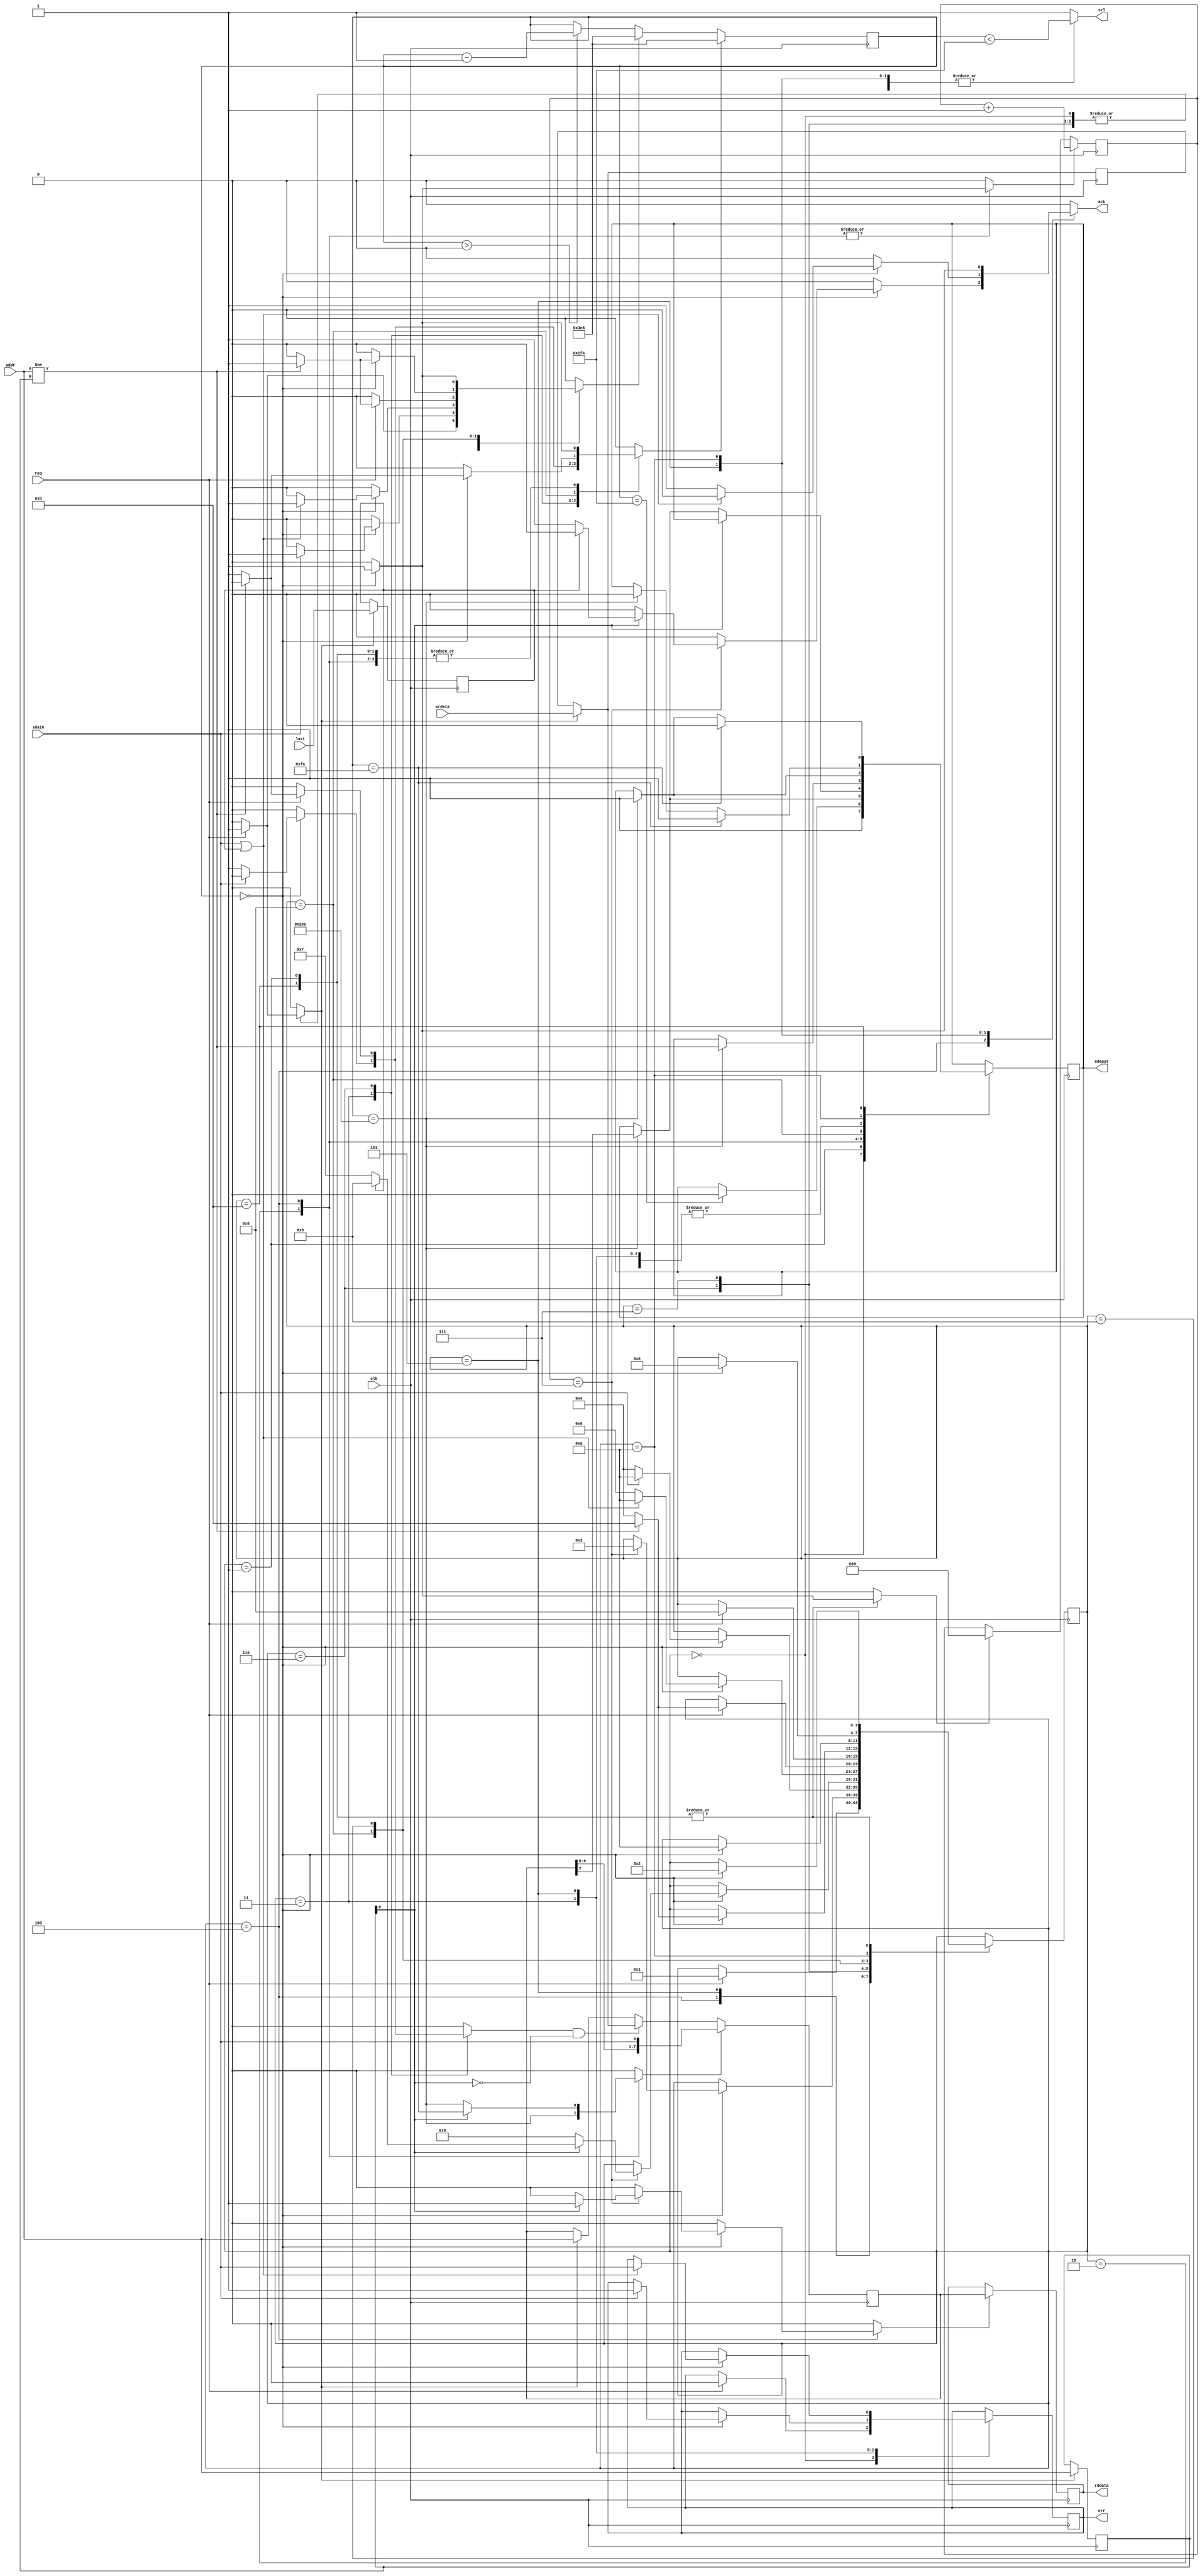
module i2c(
	input wire clk,
	output reg scl,
	input wire sdain,
	output reg sdaout,
	
	input wire [7:0] addr,
	input wire [7:0] wrdata,
	input wire req,
	input wire last,
	output reg [7:0] rddata,
	output reg ack,
	output reg err
);

	parameter QSTARTTIME = 250;
	parameter QUARTBIT = 250;

	reg [3:0] state, state_;
	localparam IDLE = 0;
	localparam START = 1;
	localparam ADDR = 2;
	localparam ADDRACK = 3;
	localparam DATA = 4;
	localparam WRDATAACK = 5;
	localparam WRWAITREQ = 6;
	localparam RDWAITREQ = 7;
	localparam RDDATAACK = 8;
	localparam RDEND = 9;
	localparam STOP = 10;
	localparam STARTREP = 11;
	
	reg [7:0] curaddr, wrdata0;
	reg [7:0] sr;
	reg [15:0] timer;
	reg [2:0] ctr;
	reg starttime, bittime, clrctr, incctr, loadaddr, loaddata, shift, err_, sdaout_, last0, setrddata;
	
	initial state = IDLE;
	
	always @(posedge clk) begin
		state <= state_;
		err <= err_;
		sdaout <= sdaout_;
		if(timer > 0)
			timer <= timer - 1;
		if(starttime)
			timer <= 4*QSTARTTIME;
		if(bittime)
			timer <= 4*QUARTBIT;
		if(clrctr)
			ctr <= 0;
		if(incctr)
			ctr <= ctr + 1;
		if(loadaddr) begin
			curaddr <= addr;
			wrdata0 <= wrdata;
			last0 <= last;
			sr <= addr;
		end
		if(loaddata && !curaddr[0])
			sr <= loadaddr ? wrdata : wrdata0;
		if(setrddata)
			rddata <= sr;
		if(shift)
			sr <= {sr[6:0], sdain};
	end
	
	always @(*) begin
		state_ = state;
		err_ = err;
		scl = 1;
		starttime = 0;
		bittime = 0;
		ack = 0;
		clrctr = 0;
		incctr = 0;
		loadaddr = 0;
		loaddata = 0;
		shift = 0;
		setrddata = 0;
		sdaout_ = sdaout;
		case(state)
		IDLE: begin
			sdaout_ = 1;
			if(req) begin
				loadaddr = 1;
				err_ = 0;
				state_ = START;
				starttime = 1;
			end
		end
		START: begin
			if(timer == 2*QSTARTTIME)
				sdaout_ = 0;
			if(timer == 0) begin
				state_ = ADDR;
				clrctr = 1;
				bittime = 1;
			end
		end
		ADDR: begin
			shift = timer == 3*QUARTBIT;
			if(shift)
				sdaout_ = sr[7];
			scl = timer < 2*QUARTBIT;
			if(timer == 0) begin
				if(ctr == 7)
					state_ = ADDRACK;
				incctr = 1;
				bittime = 1;
			end
		end
		ADDRACK: begin
			if(timer == 3*QUARTBIT)
				sdaout_ = 1;
			scl = timer < 2*QUARTBIT;
			if(timer == 0) begin
				if(sdain) begin
					starttime = 1;
					state_ = STOP;
					err_ = 1;
				end else begin
					state_ = DATA;
					loaddata = 1;
					bittime = 1;
				end
			end
		end
		DATA: begin
			scl = timer < 2*QUARTBIT;
			if(curaddr[0])
				shift = timer == QUARTBIT;
			else begin
				shift = timer == 3*QUARTBIT;
				if(shift)
					sdaout_ = sr[7];
			end
			if(timer == 0) begin
				bittime = 1;
				incctr = 1;
				if(ctr == 7)
					if(!curaddr[0])
						state_ = WRDATAACK;
					else begin
						setrddata = 1;	
						if(last0)
							state_ = RDEND;
						else begin
							ack = 1;
							state_ = RDWAITREQ;
						end
					end
			end 
		end
		WRDATAACK: begin
			scl = timer < 2*QUARTBIT;
			if(timer == 3 * QUARTBIT)
				sdaout_ = 1;
			if(timer == 0) begin
				if(sdain || last0) begin
					err_ = sdain;
					starttime = 1;
					state_ = STOP;
				end else begin
					ack = 1;
					state_ = WRWAITREQ;
				end
			end
		end
		WRWAITREQ:
			if(req) begin
				loadaddr = 1;
				if(addr != curaddr) begin
					starttime = 1;
					state_ = STARTREP;
				end else begin
					bittime = 1;
					loaddata = 1;
					state_ = DATA;
				end
			end
		RDWAITREQ:
			if(req) begin
				loadaddr = 1;
				state_ = RDDATAACK;
			end
		RDDATAACK: begin
			scl = timer < 2*QUARTBIT;
			if(timer == 3 * QUARTBIT)
				sdaout_ = addr != curaddr;
			if(timer == 0) begin
				if(addr != curaddr) begin
					starttime = 1;
					state_ = STARTREP;
				end else begin
					bittime = 1;
					state_ = DATA;
				end
			end
		end
		RDEND: begin
			scl = timer < 2*QUARTBIT;
			if(timer == 3 * QUARTBIT)
				sdaout_ = 1;
			if(timer == 0) begin
				starttime = 1;
				state_ = STOP;
			end
		end
		STOP: begin
			scl = timer < 2 * QSTARTTIME;
			if(timer == 3*QSTARTTIME)
				sdaout_ = 0;
			if(timer == QSTARTTIME)
				sdaout_ = 1;
			if(timer == 0) begin
				ack = 1;
				state_ = IDLE;
			end
		end
		STARTREP: begin
			scl = timer < 2 * QSTARTTIME;
			if(timer == 3*QSTARTTIME)
				sdaout_ = 1;
			if(timer == QSTARTTIME)
				sdaout_ = 0;
			if(timer == 0) begin
				state_ = ADDR;
				clrctr = 1;
				bittime = 1;
			end
		end
		endcase
	end
endmodule